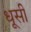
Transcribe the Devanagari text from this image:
धूसी